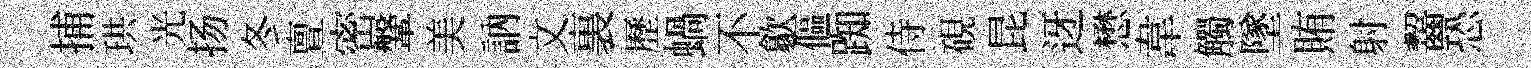
捕珙光扬冬亶密鞶美訥文裏歷蝸不歙傴踟侍硯昆迓懋韋觸墜賄射齧恐